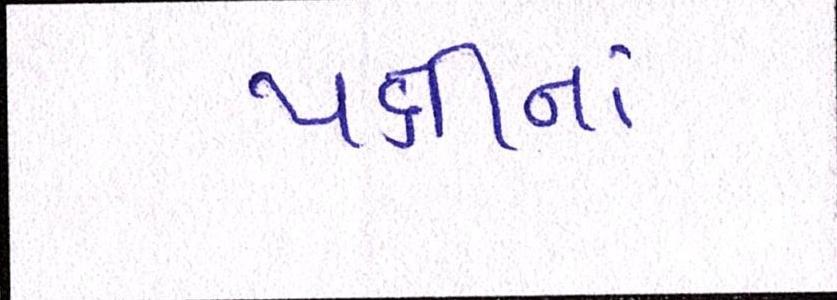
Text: પક્ષીનાં